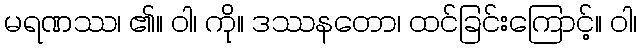
မရဏဿ၊ ၏။ ဝါ၊ ကို။ ဒဿနတော၊ ထင်ခြင်းကြောင့်။ ဝါ၊